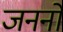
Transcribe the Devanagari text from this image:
जननों